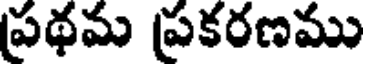
ప్రథమ ప్రకరణము